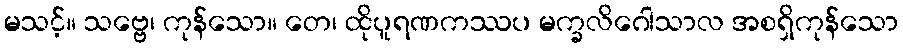
မသင့်။ သဗ္ဗေ၊ ကုန်သော။ တေ၊ ထိုပူရဏကဿပ မက္ခလိဂေါသာလ အစရှိကုန်သော